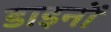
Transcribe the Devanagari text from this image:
डाइनों